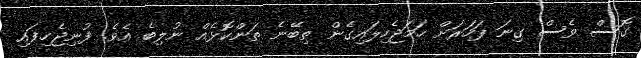
ގޮސް ވެސް ގިނަ ފަހަރަށް ހަމަޖެހިލައިގެން ތިބޭނެ ތަންކޮޅެއް ނުލިބެ އެވެ. ފުނިޖެހިފައި